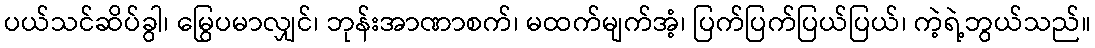
ပယ်သင်ဆိပ်ခွါ၊ မြွေပမာလျှင်၊ ဘုန်းအာဏာစက်၊ မထက်မျက်အံ့၊ ပြက်ပြက်ပြယ်ပြယ်၊ ကဲ့ရဲ့ဘွယ်သည်။